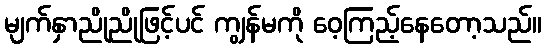
မျက်နှာညိုညိုဖြင့်ပင် ကျွန်မကို ဝေ့ကြည့်နေတော့သည်။